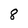
Character: 8